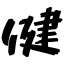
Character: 健